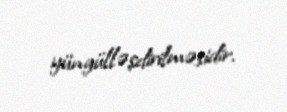
yüngülləşdirilməsidir.